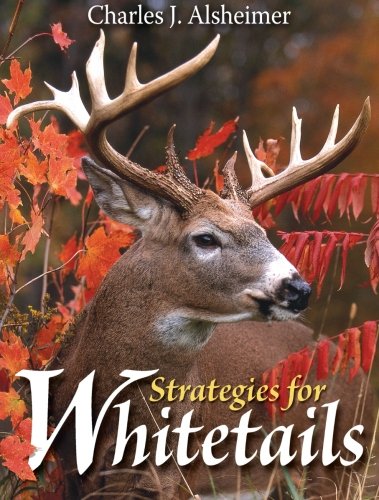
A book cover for Strategies for Whitetails; Charles J. Alsheimer; Sports & Outdoors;